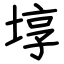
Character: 埻